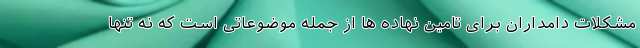
مشکلات دامداران برای تامین نهاده ها از جمله موضوعاتی است که نه تنها